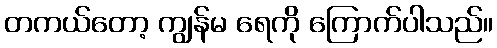
တကယ်တော့ ကျွန်မ ရေကို ကြောက်ပါသည်။